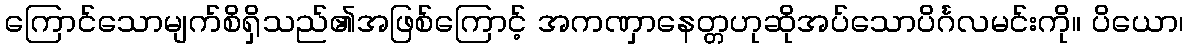
ကြောင်သောမျက်စိရှိသည်၏အဖြစ်ကြောင့် အကဏှာနေတ္တဟုဆိုအပ်သောပိင်္ဂလမင်းကို။ ပိယော၊